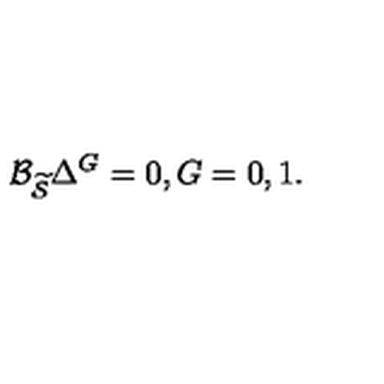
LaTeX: { \cal B } _ { \widetilde { { \cal S } } } \Delta ^ { G } = 0 , G = 0 , 1 .